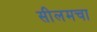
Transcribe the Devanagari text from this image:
सीलमचा